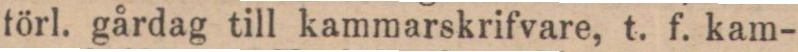
förl. gårdag till kammarskrifvare, t. f. kam-